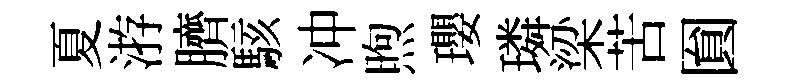
夏㳺臍駭冲煦瓔璘梁苦圎